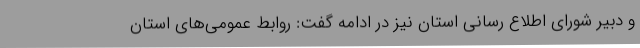
و دبیر شورای اطلاع رسانی استان نیز در ادامه گفت: روابط عمومی‌های استان